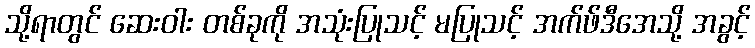
သို့ရာတွင် ဆေးဝါး တစ်ခုကို အသုံးပြုသင့် မပြုသင့် အက်ဖ်ဒီအေသို့ အခွင့်